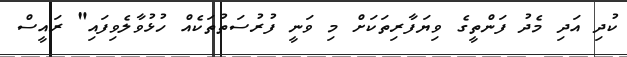
ކުދި އަދި މެދު ފަންތީގެ ވިޔަފާރިތަކަށް މި ވަނީ ފުރުސަތުތަކެއް ހުޅުވާލެވިފައި" ރައީސް